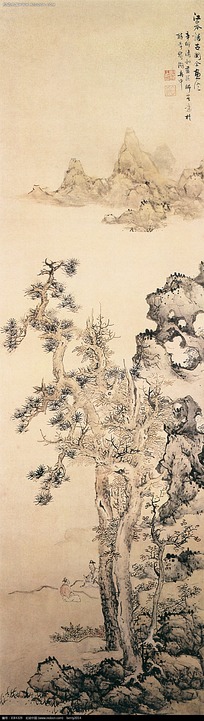
江皋楼观前朝寺，秋色入秦淮。